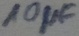
Text: 10µF